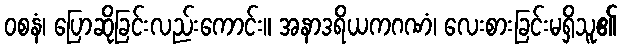
ဝစနံ၊ ပြောဆိုခြင်းလည်းကောင်း။ အနာဒရိယကဂဏံ၊ လေးစားခြင်းမရှိသူ၏